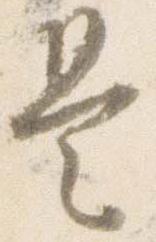
是